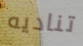
تناديه